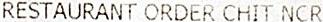
RESTAURANT ORDER CHIT NCR